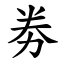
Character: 劵